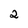
Character: 2